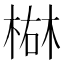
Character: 𪲴